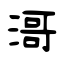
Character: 滒